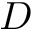
D